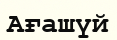
Ағашүй